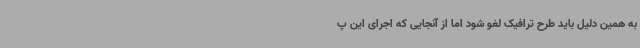
به همین دلیل باید طرح ترافیک لغو شود اما از آنجایی که اجرای این پ